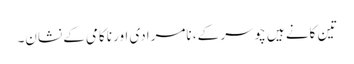
تین کانے ہیں چوسر کے، نامرادی اور ناکامی کے نشان۔